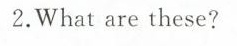
2.What are these?